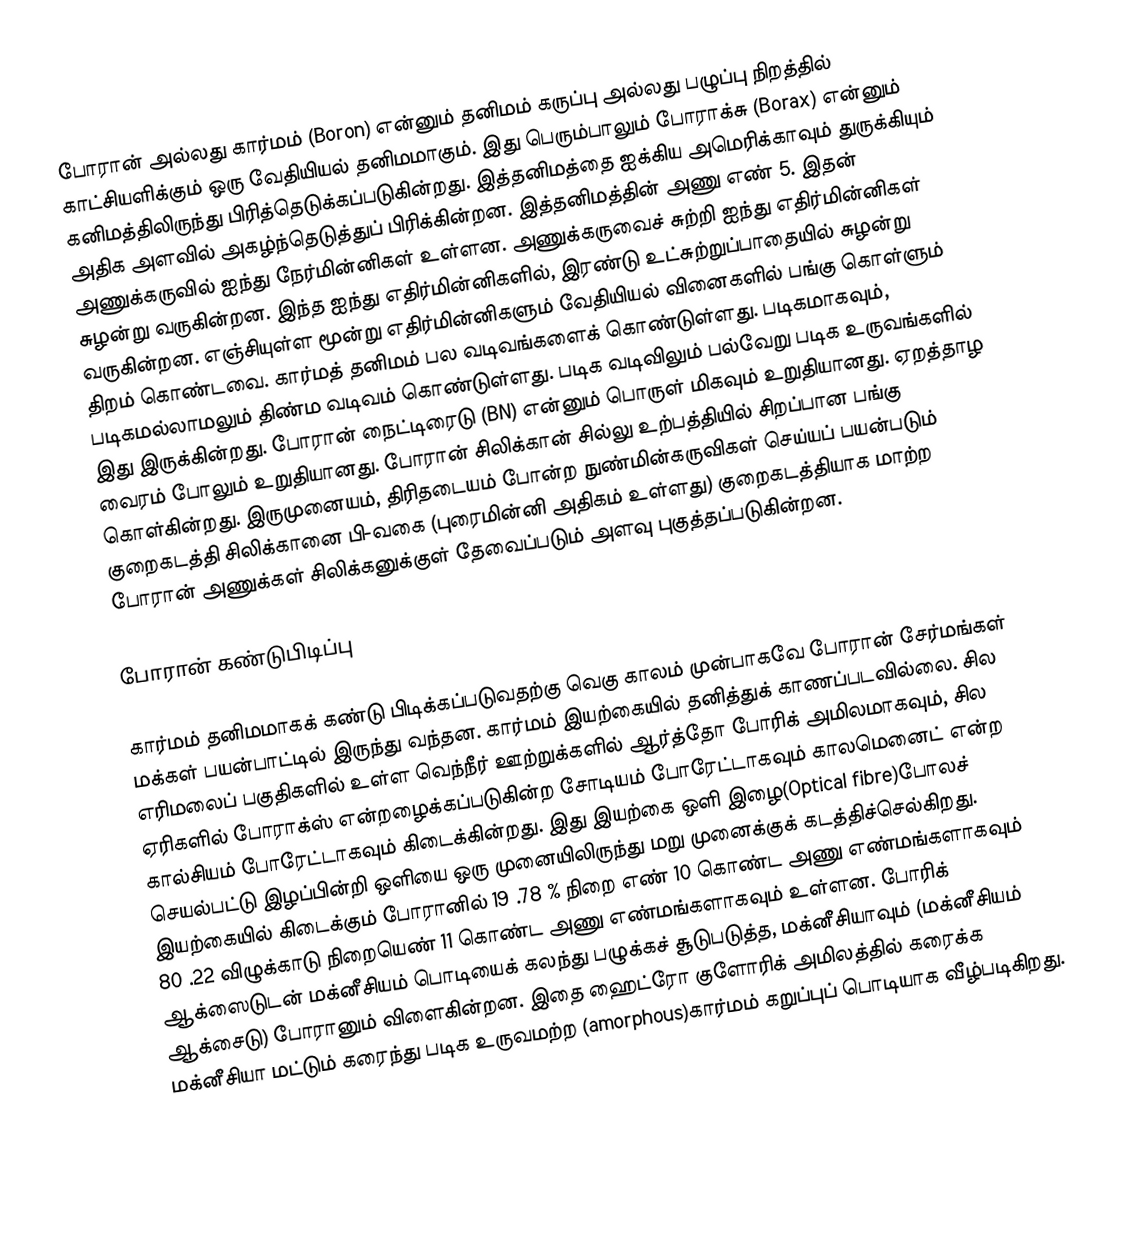
போரான் அல்லது கார்மம் (Boron) என்னும் தனிமம் கருப்பு அல்லது பழுப்பு நிறத்தில் காட்சியளிக்கும் ஒரு வேதியியல் தனிமமாகும். இது பெரும்பாலும் போராக்சு (Borax) என்னும் கனிமத்திலிருந்து பிரித்தெடுக்கப்படுகின்றது. இத்தனிமத்தை ஐக்கிய அமெரிக்காவும் துருக்கியும் அதிக அளவில் அகழ்ந்தெடுத்துப் பிரிக்கின்றன. இத்தனிமத்தின் அணு எண் 5. இதன் அணுக்கருவில் ஐந்து நேர்மின்னிகள் உள்ளன. அணுக்கருவைச் சுற்றி ஐந்து எதிர்மின்னிகள் சுழன்று வருகின்றன. இந்த ஐந்து எதிர்மின்னிகளில், இரண்டு உட்சுற்றுப்பாதையில் சுழன்று வருகின்றன. எஞ்சியுள்ள மூன்று எதிர்மின்னிகளும் வேதியியல் வினைகளில் பங்கு கொள்ளும் திறம் கொண்டவை. கார்மத் தனிமம் பல வடிவங்களைக் கொண்டுள்ளது. படிகமாகவும், படிகமல்லாமலும் திண்ம வடிவம் கொண்டுள்ளது. படிக வடிவிலும் பல்வேறு படிக உருவங்களில் இது இருக்கின்றது. போரான் நைட்டிரைடு (BN) என்னும் பொருள் மிகவும் உறுதியானது. ஏறத்தாழ வைரம் போலும் உறுதியானது. போரான் சிலிக்கான் சில்லு உற்பத்தியில் சிறப்பான பங்கு கொள்கின்றது. இருமுனையம், திரிதடையம் போன்ற நுண்மின்கருவிகள் செய்யப் பயன்படும் குறைகடத்தி சிலிக்கானை பி-வகை (புரைமின்னி அதிகம் உள்ளது) குறைகடத்தியாக மாற்ற போரான் அணுக்கள் சிலிக்கனுக்குள் தேவைப்படும் அளவு புகுத்தப்படுகின்றன.

போரான் கண்டுபிடிப்பு

கார்மம் தனிமமாகக் கண்டு பிடிக்கப்படுவதற்கு வெகு காலம் முன்பாகவே போரான் சேர்மங்கள் மக்கள் பயன்பாட்டில் இருந்து வந்தன. கார்மம் இயற்கையில் தனித்துக் காணப்படவில்லை. சில எரிமலைப் பகுதிகளில் உள்ள வெந்நீர் ஊற்றுக்களில் ஆர்த்தோ போரிக் அமிலமாகவும், சில ஏரிகளில் போராக்ஸ் என்றழைக்கப்படுகின்ற சோடியம் போரேட்டாகவும் காலமெனைட் என்ற கால்சியம் போரேட்டாகவும் கிடைக்கின்றது. இது இயற்கை ஒளி இழை(Optical fibre)போலச் செயல்பட்டு இழப்பின்றி ஒளியை ஒரு முனையிலிருந்து மறு முனைக்குக் கடத்திச்செல்கிறது. இயற்கையில் கிடைக்கும் போரானில் 19 .78 % நிறை எண் 10 கொண்ட அணு எண்மங்களாகவும் 80 .22 விழுக்காடு நிறையெண் 11 கொண்ட அணு எண்மங்களாகவும் உள்ளன. போரிக் ஆக்ஸைடுடன் மக்னீசியம் பொடியைக் கலந்து பழுக்கச் சூடுபடுத்த, மக்னீசியாவும் (மக்னீசியம் ஆக்சைடு) போரானும் விளைகின்றன. இதை ஹைட்ரோ குளோரிக் அமிலத்தில் கரைக்க மக்னீசியா மட்டும் கரைந்து படிக உருவமற்ற (amorphous)கார்மம் கறுப்புப் பொடியாக வீழ்படிகிறது.

1